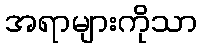
အရာများကိုသာ